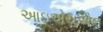
આઇએચએલ